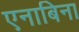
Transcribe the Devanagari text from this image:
एनाबिना